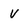
Character: V